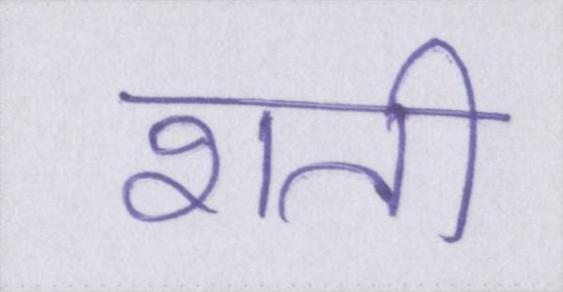
शती